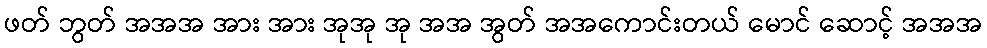
ဖတ် ဘွတ် အအအ အား အား အုအု အု အအ အွတ် အအကောင်းတယ် မောင် ဆောင့် အအအ